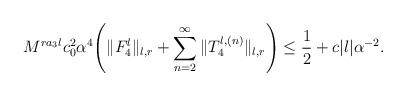
LaTeX: \begin{align*}&M^{ra_3l}c_0^2\alpha^4\Bigg(\|F_4^l\|_{l,r}+\sum_{n=2}^{\infty}\|T_4^{l,(n)}\|_{l,r}\Bigg)\le \frac{1}{2}+c|l|\alpha^{-2}.\end{align*}